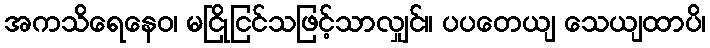
အကသိရေနေဝ၊ မငြိုငြင်သဖြင့်သာလျှင်။ ပပတေယျ သေယျထာပိ၊